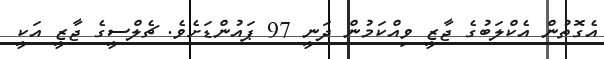
އެގޮތުން އެކްލަބުގެ ޖާޒީ ވިއްކަމުން ދަނީ 97 ޕައުންޑަށެވެ. ޗެލްސީގެ ޖާޒީ އަކީ